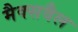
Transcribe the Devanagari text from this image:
मैक्सवैल